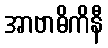
အာဗာဓိကိနီ